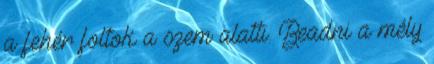
a fehér foltok a szem alatti. Beadni a mély